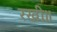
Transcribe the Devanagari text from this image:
रखी॥